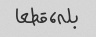
بله، قطعا